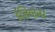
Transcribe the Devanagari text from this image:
ईलियानर